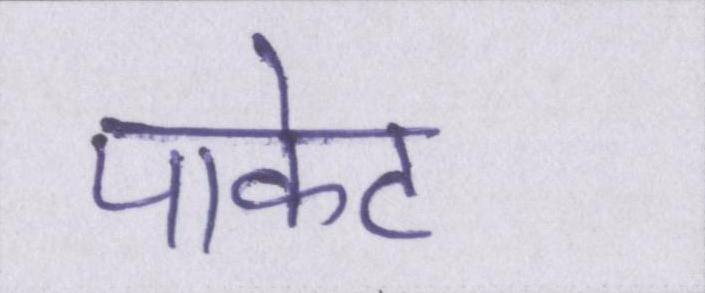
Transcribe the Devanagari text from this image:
पाकेट